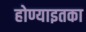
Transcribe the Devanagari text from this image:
होण्याइतका